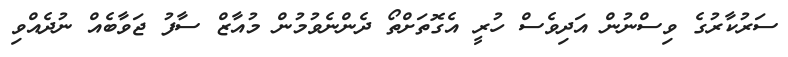
ސަރުކާރުގެ ވިސްނުން އަދިވެސް ހުރީ އެގޮތަށްތޯ ދެންނެވުމުން މުއާޒް ސާފު ޖަވާބެއް ނުދެއްވި